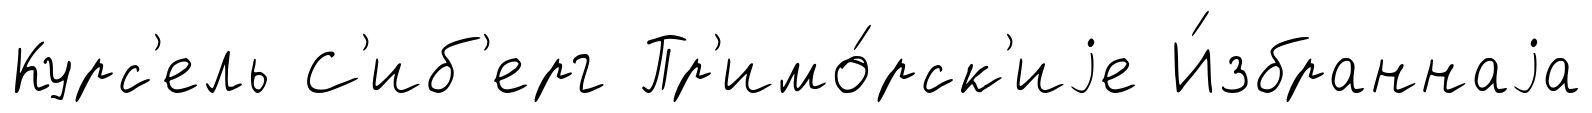
Курс'ель С'иб'ерг Пр'имо́рск'иjе И́збраннаjа